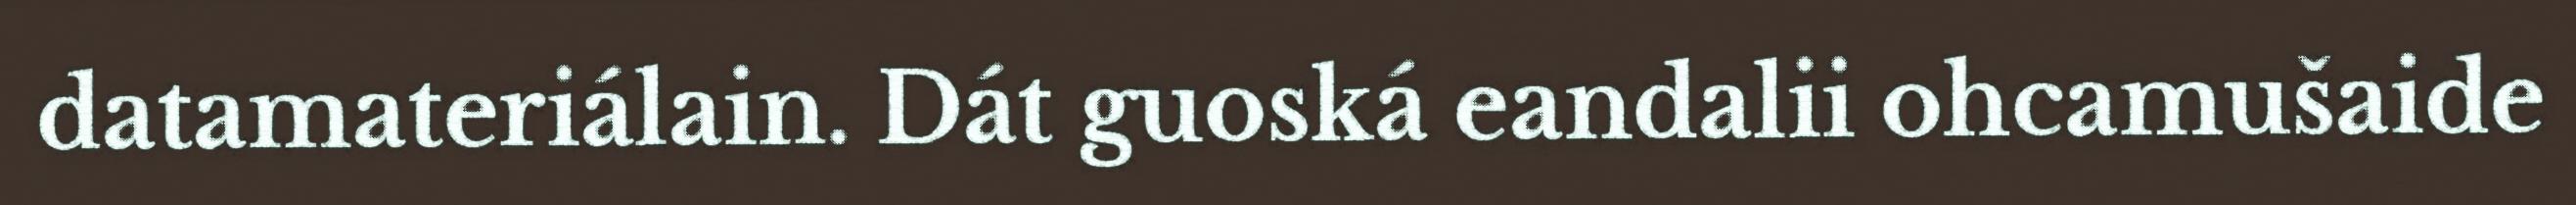
datamateriálain. Dát guoská eandalii ohcamušaide